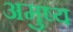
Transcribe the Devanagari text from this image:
अमुष्य